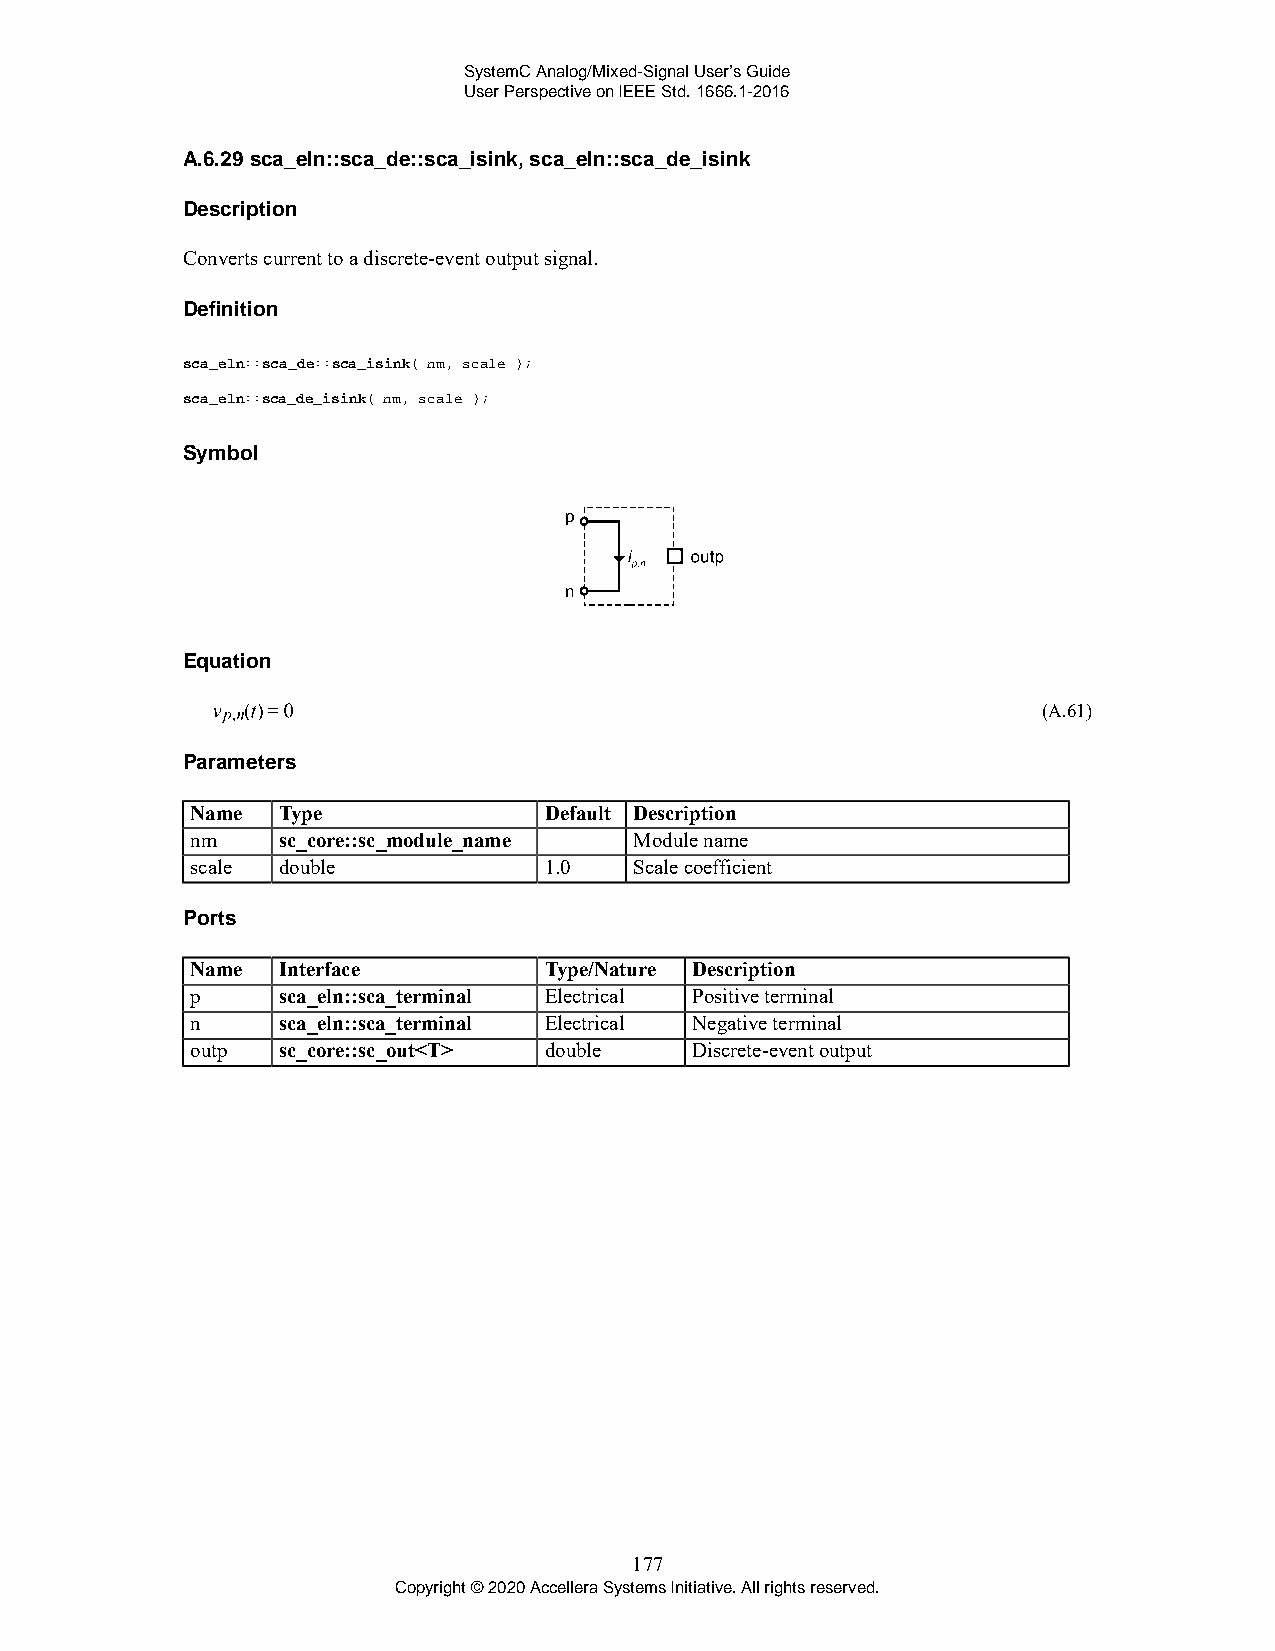
SystemC Analog/Mixed-Signal User’s Guide
 User Perspective on IEEE Std. 1666.1-2016
 A.6.29 sca_eln::sca_de::sca_isink, sca_eln::sca_de_isink
 Description
 Converts current to a discrete-event output signal.
 Definition
 sca_eln::sca_de::sca_isink( nm, scale );
 sca_eln::sca_de_isink( nm, scale );
 Symbol
 Equation
 (A.61)
 Parameters
 Name Type              Default Description
 nm   sc_core::sc_module_name Module name
 scale double           1.0   Scale coefficient
 Ports
 Name Interface         Type/Nature Description
 p    sca_eln::sca_terminal Electrical Positive terminal
 n    sca_eln::sca_terminal Electrical Negative terminal
 outp sc_core::sc_out<T> double   Discrete-event output
 177
 Copyright © 2020 Accellera Systems Initiative. All rights reserved.